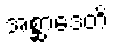
အစ္ဆာဒေတိ